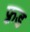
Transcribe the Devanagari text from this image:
फ़्रड